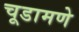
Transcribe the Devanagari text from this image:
चूडामणे